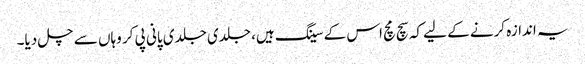
یہ اندازہ کرنے کے لیے کہ سچ مچ اس کے سینگ ہیں، جلدی جلدی پانی پی کر وہاں سے چل دیا۔